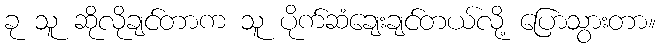
ခု သူ ဆိုလိုချင်တာက သူ ပိုက်ဆံချေးချင်တယ်လို့ ပြောသွားတာ။